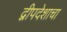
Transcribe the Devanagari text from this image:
द्वीपदेशाचा